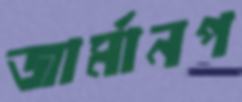
জার্মানপ